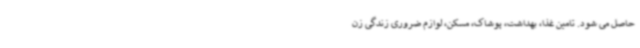
حاصل می شود. تامین غذا، بهداشت، پوشاک، مسکن، لوازم ضروری زندگی زن